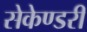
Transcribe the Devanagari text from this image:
सेकेण्‍डरी